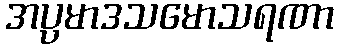
အပ္ပမာဒသမောသရဏာ